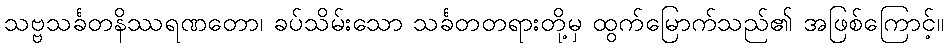
သဗ္ဗသင်္ခတနိဿရဏတော၊ ခပ်သိမ်းသော သင်္ခတတရားတို့မှ ထွက်မြောက်သည်၏ အဖြစ်ကြောင့်။